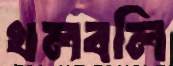
খলবলি